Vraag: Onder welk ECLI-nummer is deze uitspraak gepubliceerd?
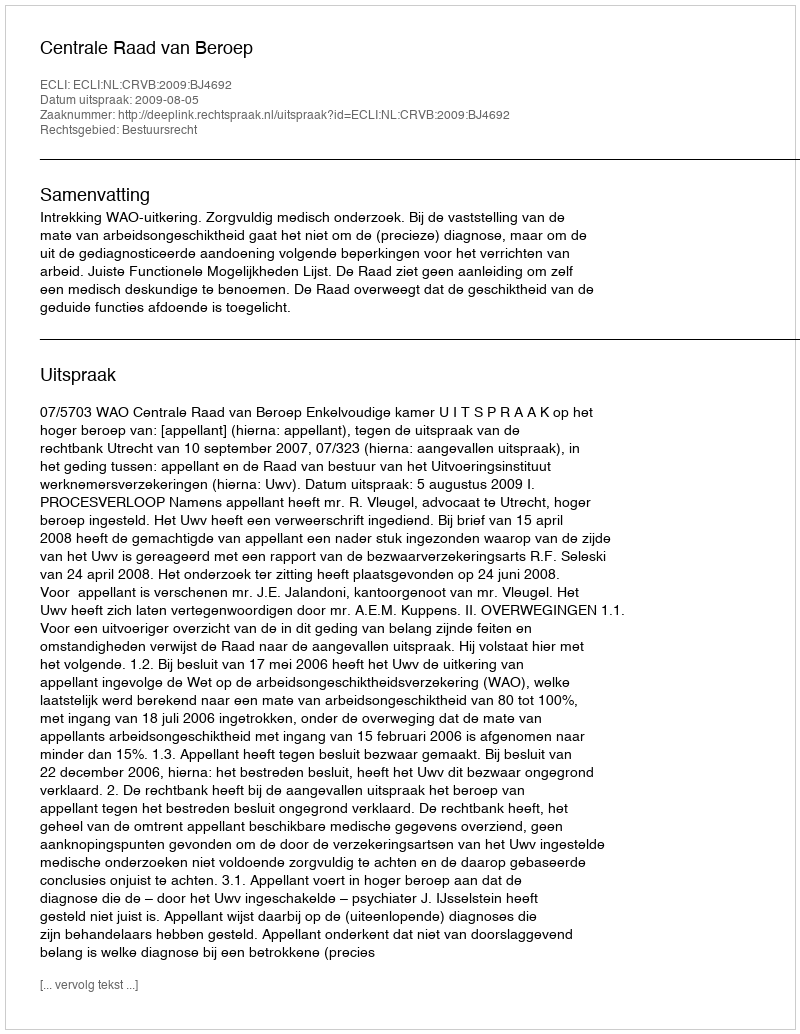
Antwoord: ECLI:NL:CRVB:2009:BJ4692